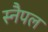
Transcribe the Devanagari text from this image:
स्नैपल